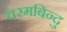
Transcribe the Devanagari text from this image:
चरमबिन्दु